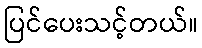
ပြင်ပေးသင့်တယ်။